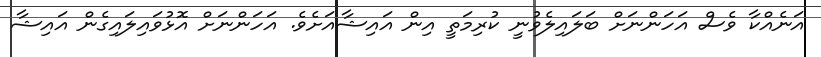
އަނެއްކާ ވެސް އަހަންނަށް ބަލައިލެވުނީ ކުރިމަތީ އިން އައިޝާއަށެވެ. އަހަންނަށް އޮޅުވައިލައިގެން އައިޝާ